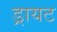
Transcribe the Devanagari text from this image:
ड्रायट